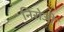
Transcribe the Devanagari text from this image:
निरोजी